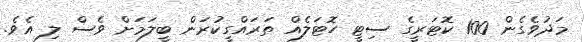
މަދުވެގެން 100 ކޮޓަރީގެ ސިޓީ ހޮޓަލެއް ތަރައްގީކުރަން ބީލަމަށް ވެސް ލި އެވެ.